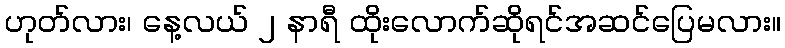
ဟုတ်လား၊ နေ့လယ် ၂ နာရီ ထိုးလောက်ဆိုရင်အဆင်ပြေမလား။